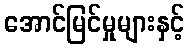
အောင်မြင်မှုများနှင့်